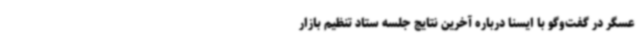
عسگر در گفت‌وگو با ایسنا درباره آخرین نتایج جلسه ستاد تنظیم بازار